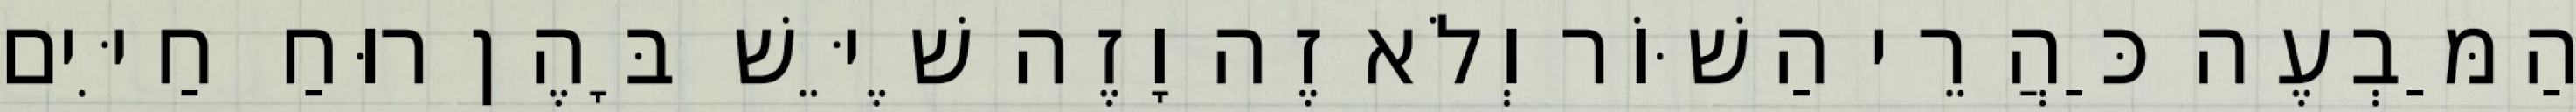
הַמַּבְעֶה כַּהֲרֵי הַשּׁוֹר וְלֹא זֶה וָזֶה שֶׁיֵּשׁ בָּהֶן רוּחַ חַיִּים